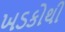
ખડકોથી